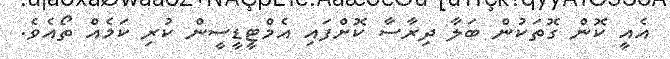
އެއީ ކޮން ގޮތަކުން ބަލާ ދިރާސާ ކޮށްފައި އެމްޓީޑީސީން ކުރި ކަމެއް ތޯއެވެ.